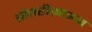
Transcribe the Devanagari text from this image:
सेतरीज़ाइन